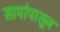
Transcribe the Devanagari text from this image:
सापांपासून